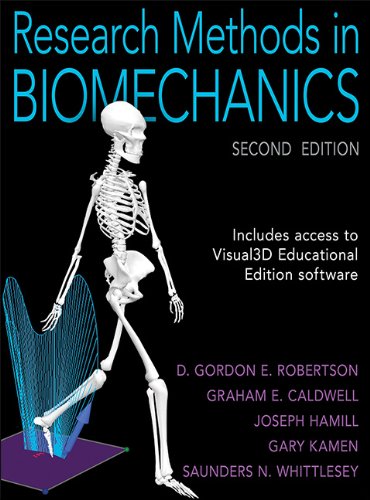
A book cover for Research Methods in Biomechanics-2nd Edition; Gordon Robertson; Medical Books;